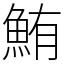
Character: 鮪